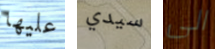
عليها سيدي الى